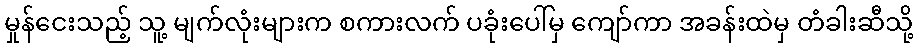
မှုန်ငေးသည့် သူ့ မျက်လုံးများက စကားလက် ပခုံးပေါ်မှ ကျော်ကာ အခန်းထဲမှ တံခါးဆီသို့